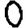
Digit: 0